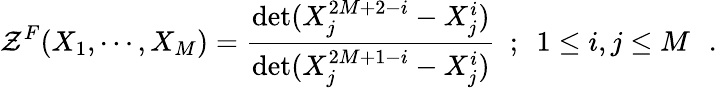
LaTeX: {\cal{Z}}^{F}(X_{1},\cdots,X_{M})={\frac{\operatorname*{det}(X_{j}^{2M+2-i}-X_{j}^{i})}{\operatorname*{det}(X_{j}^{2M+1-i}-X_{j}^{i})}}~~;~~1\le i,j\le M\, \, \, \, .